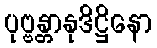
ပုဗ္ဗန္တာနုဒိဋ္ဌိနော